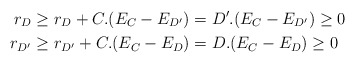
\begin{align*}r_D & \geq r_D+C.(E_C-E_{D'}) = D'.(E_C-E_{D'})\geq0 \\r_{D'} &\geq r_{D'}+C.(E_C-E_{D}) = D.(E_C-E_D)\geq0\end{align*}